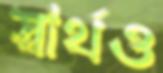
স্বার্থও